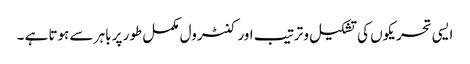
ایسی تحریکوں کی تشکیل و ترتیب اور کنٹرول مکمل طور پر باہر سے ہوتا ہے ۔